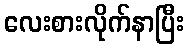
လေးစားလိုက်နာပြီး